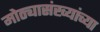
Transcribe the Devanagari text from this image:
मोठ्यासंख्यांच्या